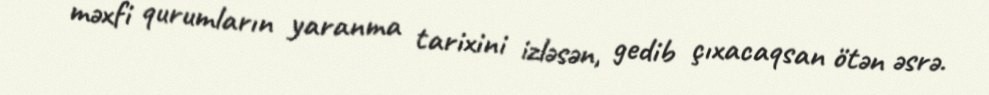
məxfi qurumların yaranma tarixini izləsən, gedib çıxacaqsan ötən əsrə.